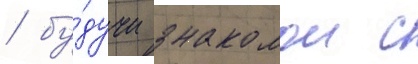
/ бу́дучи знакомои с